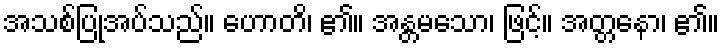
အသစ်ပြုအပ်သည်။ ဟောတိ၊ ၏။ အန္တမသော၊ ဖြင့်။ အတ္တနော၊ ၏။